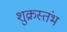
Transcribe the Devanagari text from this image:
शुक्रस्तंभ